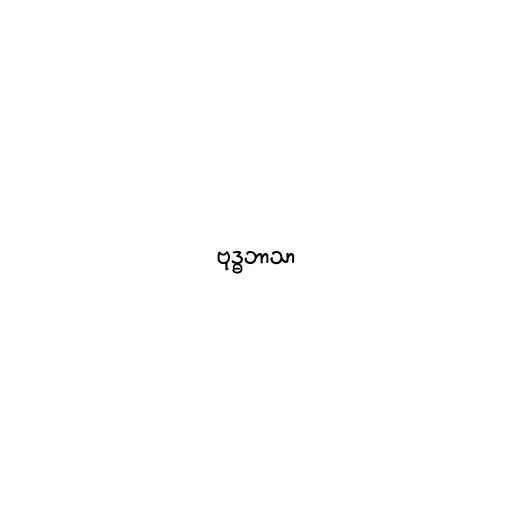
ဗုဒ္ဓဘာသာ